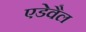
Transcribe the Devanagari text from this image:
एडेवैल